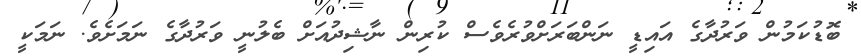
ބޮޑުކަމުން ވަރުދާގެ އައިޑީ ނަންބަރަށްވުރެވެސް ކުރިން ނާޝިދުއަށް ބެލުނީ ވަރުދާގެ ނަމަށެވެ. ނަމަކީ